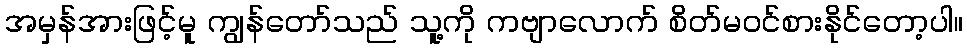
အမှန်အားဖြင့်မူ ကျွန်တော်သည် သူ့ကို ကဗျာလောက် စိတ်မဝင်စားနိုင်တော့ပါ။